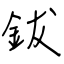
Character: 鈸